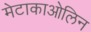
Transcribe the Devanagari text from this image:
मेटाकाओलिन